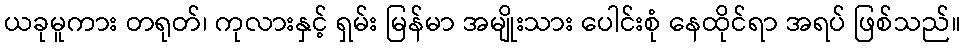
ယခုမူကား တရုတ်၊ ကုလားနှင့် ရှမ်း မြန်မာ အမျိုးသား ပေါင်းစုံ နေထိုင်ရာ အရပ် ဖြစ်သည်။